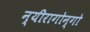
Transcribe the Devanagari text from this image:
न्यीरागोन्गो